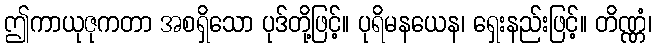
ဤကာယုဇုကတာ အစရှိသော ပုဒ်တို့ဖြင့်။ ပုရိမနယေန၊ ရှေးနည်းဖြင့်။ တိဏ္ဏံ၊